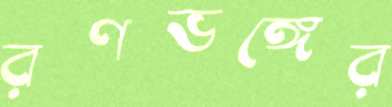
রণভঙ্গের